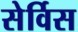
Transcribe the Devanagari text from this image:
सेर्विस